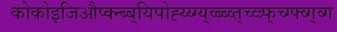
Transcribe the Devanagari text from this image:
कोकोइजिऔप्क्न्ब्ब्यिपोह्य्य्ग्य्व्ब्ब्व्त्च्व्त्र्फ्च्ग्फ्व्ग्व्ग